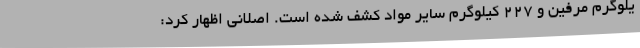
یلوگرم مرفین و ۲۲۷ کیلوگرم سایر مواد کشف شده است. اصلانی اظهار کرد: